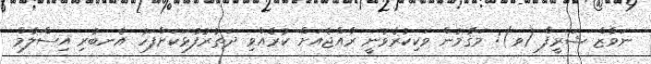
ނަވާޒް ޝަރީފް (ވ): މަޤާމުން ވަކިކުރެވުނީ ރާއްޖެއަށް ކުރެއްވި ދަތުރުފުޅަކަށްފަހު އެނބުރި އިސްލާމް